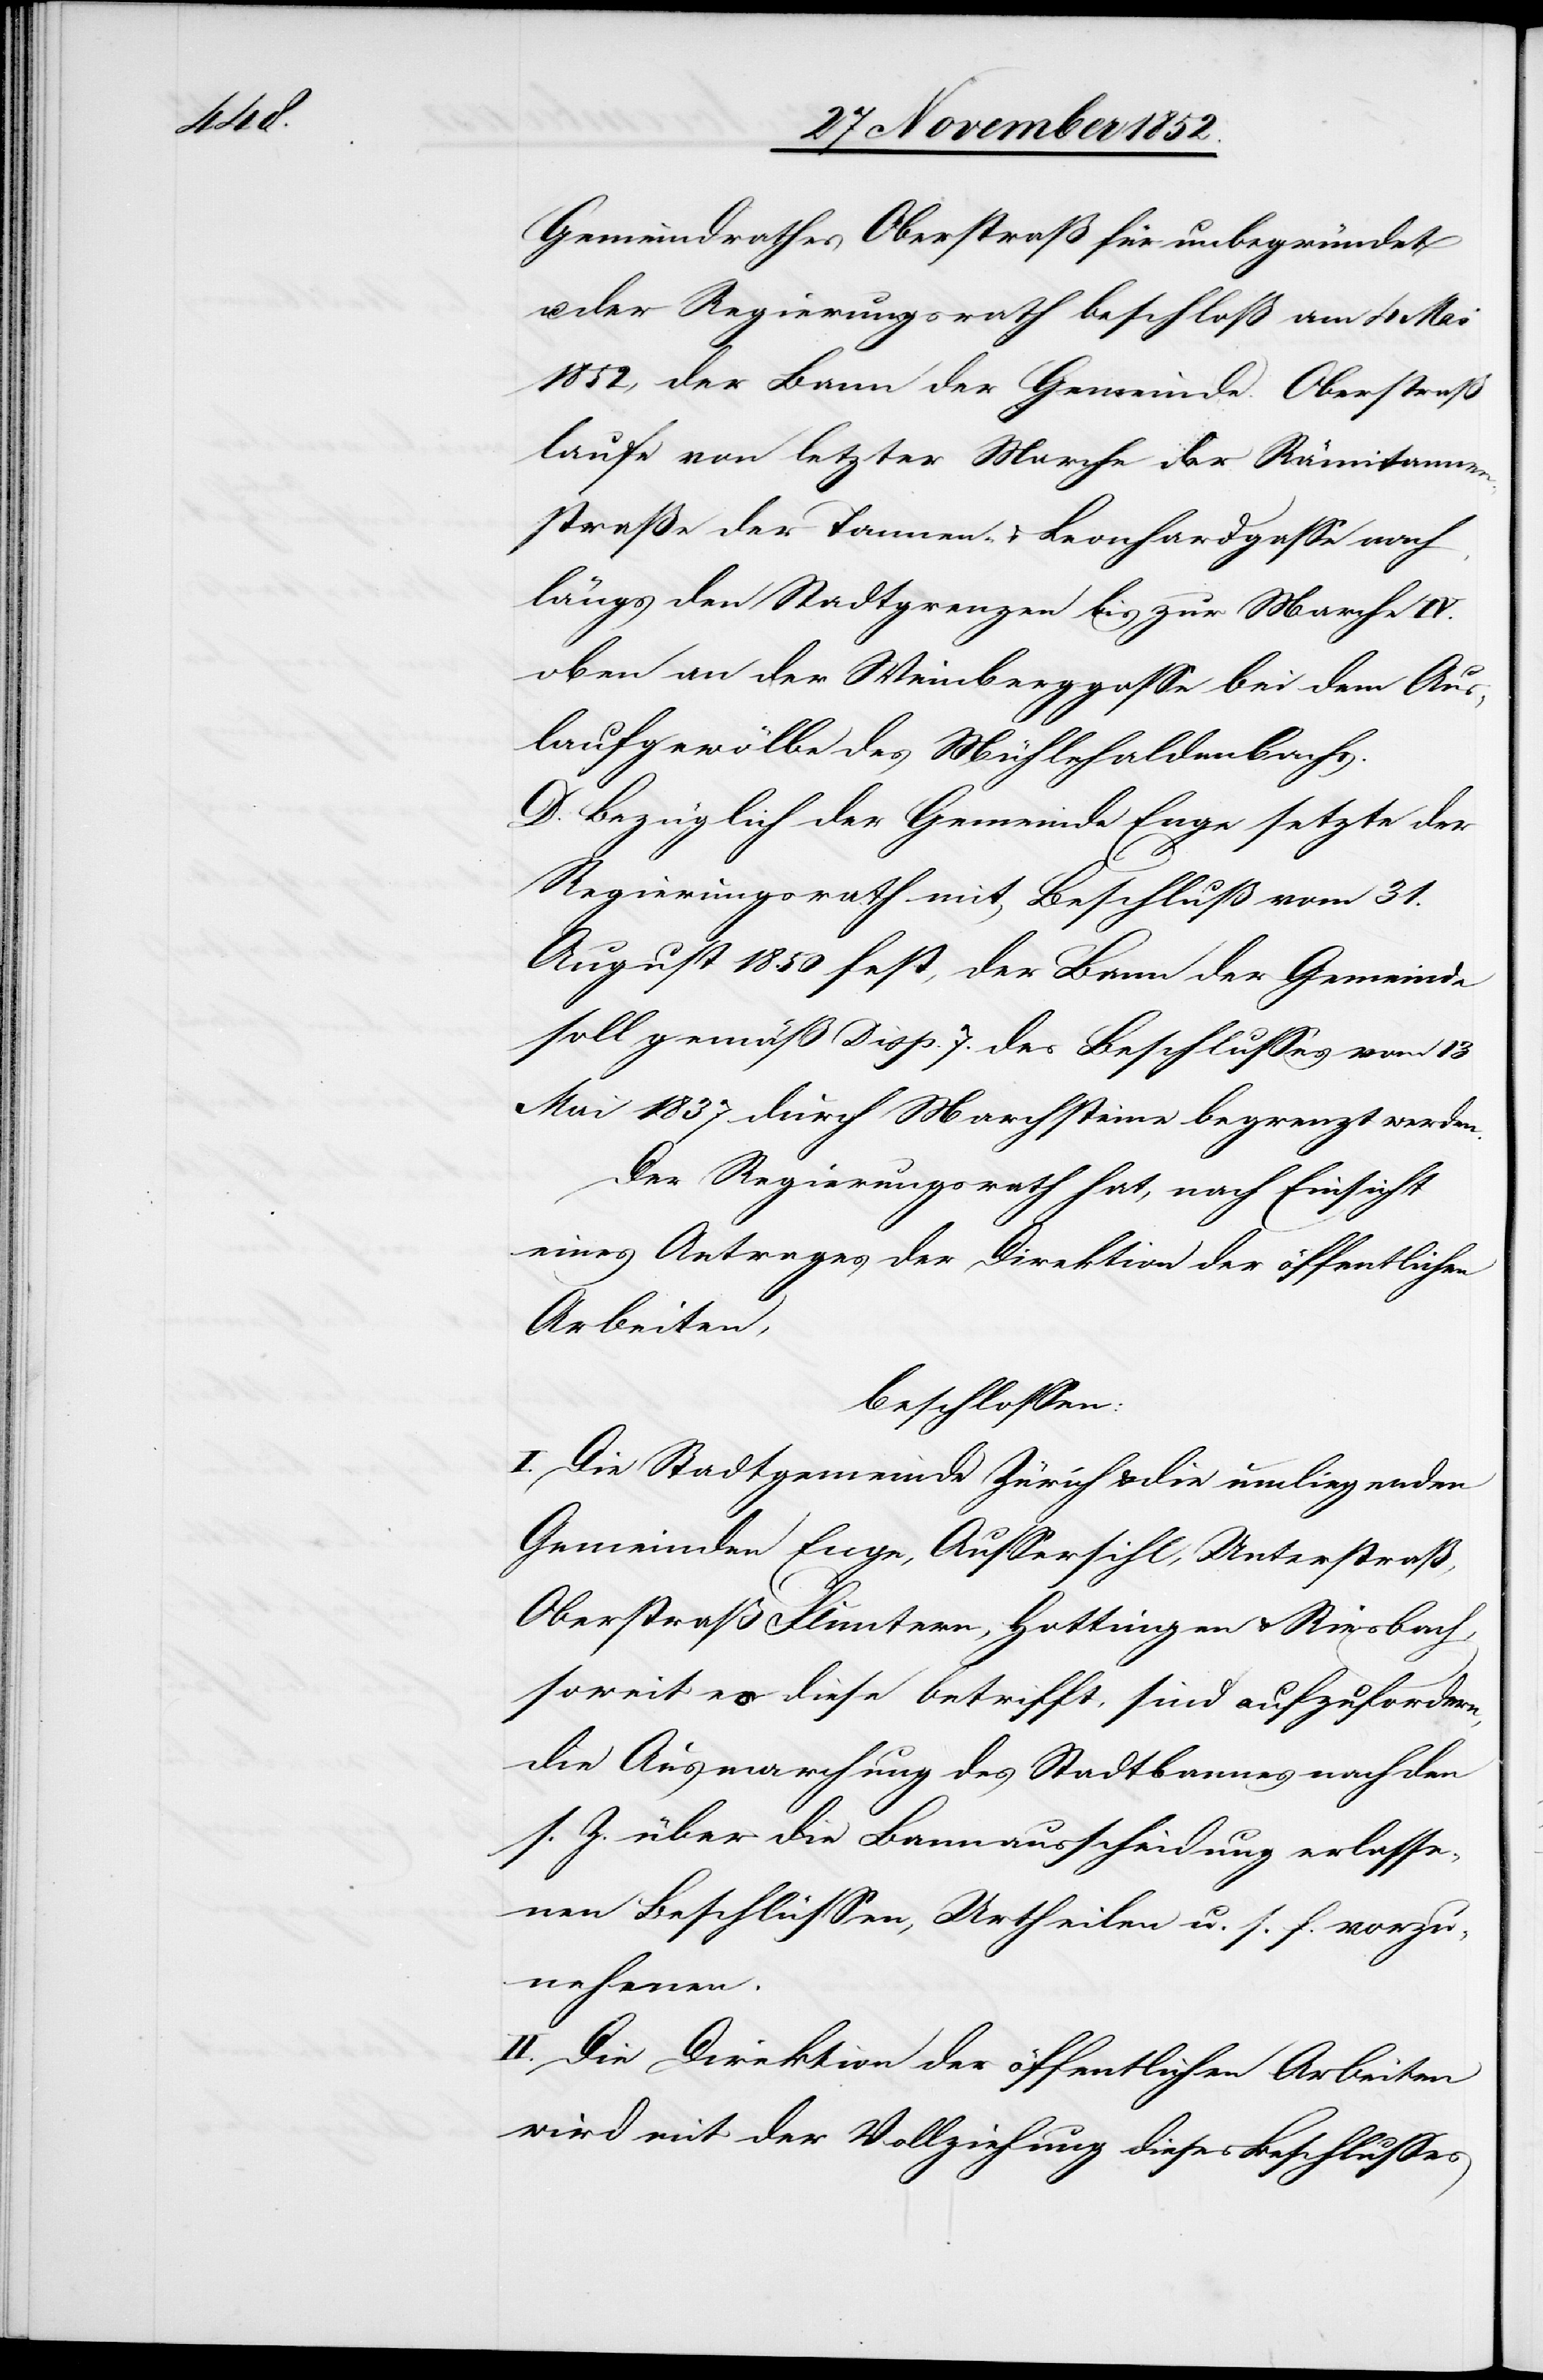
Gemeindrathes Oberstraß für unbegründet
der Regierungsrath beschloß am 4 Mai
1852, der Bann der Gemeinde Oberstraß
laufe von letzter Marche der Rämitannen¬
straße der Tannen- & Leonhardgasse nach,
längs den Stadtgrenzen bis zur Marche IV.
oben an der Weinberggasse bei dem Aus¬
laufgewölbe des Mühlehaldenbachs.
D. Bezüglich der Gemeinde Enge setzte der
Regierungsrath mit Beschluß vom 31.
August 1850 fest, der Bann der Gemeinde
soll gemäß Disp. 7. des Beschlusses vom 13
Mai 1837 durch Marchsteine begrenzt werden.
Der Regierungsrath hat, nach Einsicht
eines Antrages der Direktion der öffentlichen
Arbeiten,
beschlossen:
I. Die Stadtgemeinde Zürich & die umliegenden
Gemeinden Enge, Aussersihl, Unterstraß,
Oberstraß[,] Fluntern, Hottingen & Riesbach,
soweit es diese betrifft, sind aufzufordern,
die Ausmarchung des Stadtbannes nach den
s. Z. über die Bannausscheidung erlasse¬
nen Beschlüssen, Urtheilen u. s. f. vorzu¬
nehmen.
II. Die Direktion der öffentlichen Arbeiten
wird mit der Vollziehung dieses Beschlusses